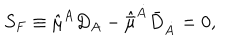
S _ { F } \equiv \hat { \mu } ^ { A } D _ { A } - \hat { \bar { \mu } } ^ { \dot { A } } { \bar { D } } _ { \dot { A } } = 0 ,